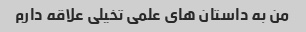
من به داستان های علمی تخیلی علاقه دارم